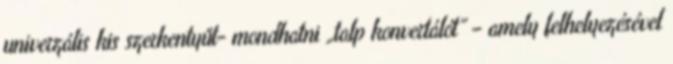
univerzális kis szerkentyűt- mondhatni „talp konvertálót” – amely felhelyezésével